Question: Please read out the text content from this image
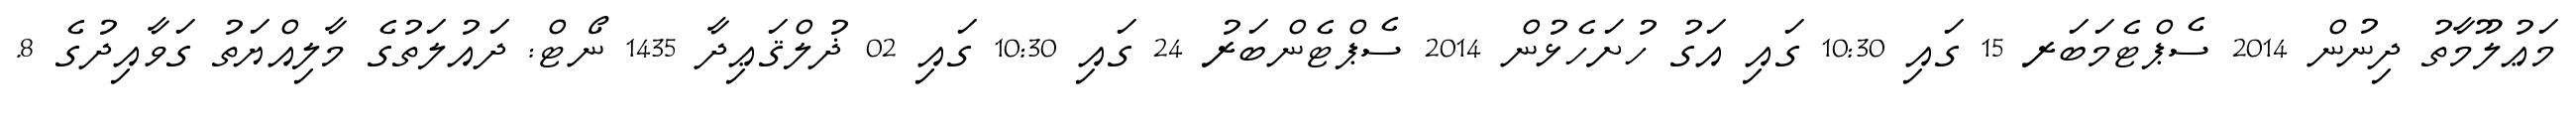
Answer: މަޢުލޫމާތު ދިނުން 2014 ސެޕްޓެމަބަރ 15 ގައި 10:30 ގައި އަގު ހުށަހެޅުން 2014 ސެޕްޓެންބަރު 24 ގައި 10:30 ގައި 02 ޛުލްޤަޢިދާ 1435 ނޯޓް: ދައުލަތުގެ މާލިއްޔަތު ގަވާއިދުގެ 8.